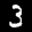
Label: 3